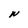
Character: N